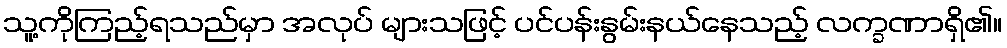
သူ့ကိုကြည့်ရသည်မှာ အလုပ် များသဖြင့် ပင်ပန်းနွမ်းနယ်နေသည့် လက္ခဏာရှိ၏။